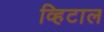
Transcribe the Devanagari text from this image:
व्हिटाल